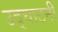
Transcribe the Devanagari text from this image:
उद्घाटनी